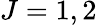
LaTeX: J=1,2